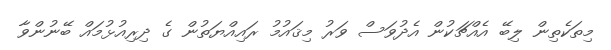
މިތަކެތިން ލިބޭ އެއްޗަކުން އެދުވަސް ވަރު މިޤައުމު ރައިއްޔަތުން ގެ ދިރިއުޅުމައް ބޭނުންވާ